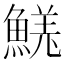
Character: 𩹦